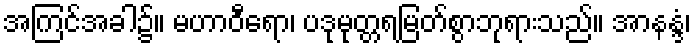
အကြင်အခါ၌။ မဟာဝီရော၊ ပဒုမုတ္တရမြတ်စွာဘုရားသည်။ အာနန္ဒံ၊